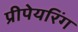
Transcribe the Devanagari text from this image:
प्रीपेयरिंग